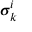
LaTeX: { \boldsymbol { \sigma } } _ { k } ^ { i }